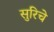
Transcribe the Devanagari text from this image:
सुरिचे